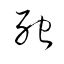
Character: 死